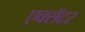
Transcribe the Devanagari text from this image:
एक्सॅटर